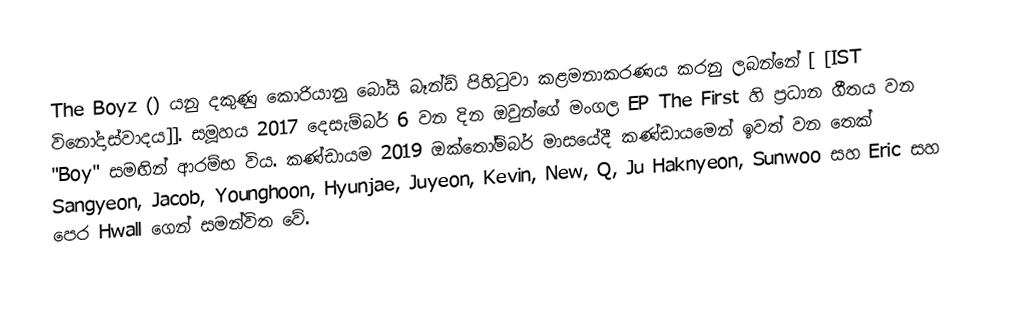
The Boyz () යනු දකුණු කොරියානු බෝයි බෑන්ඩ් පිහිටුවා කළමනාකරණය කරනු ලබන්නේ [ [IST විනෝදාස්වාදය]]. සමූහය 2017 දෙසැම්බර් 6 වන දින ඔවුන්ගේ මංගල EP The First හි ප්‍රධාන ගීතය වන "Boy" සමඟින් ආරම්භ විය. කණ්ඩායම 2019 ඔක්තෝම්බර් මාසයේදී කණ්ඩායමෙන් ඉවත් වන තෙක් Sangyeon, Jacob, Younghoon, Hyunjae, Juyeon, Kevin, New, Q, Ju Haknyeon, Sunwoo සහ Eric සහ පෙර Hwall ගෙන් සමන්විත වේ.